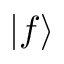
\vert f \rangle